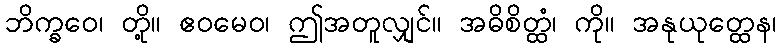
ဘိက္ခဝေ၊ တို့။ ဧဝမေဝ၊ ဤအတူလျှင်။ အဓိစိတ္ထံ၊ ကို။ အနုယုတ္ထေန၊